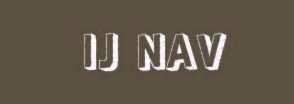
IJ NAV